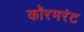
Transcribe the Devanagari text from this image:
कॉरमरंट